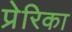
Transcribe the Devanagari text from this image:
प्रेरिका